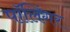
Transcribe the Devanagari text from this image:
पॉलिंगर